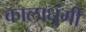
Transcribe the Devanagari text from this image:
कालाधुंगी